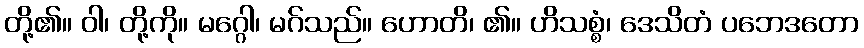
တို့၏။ ဝါ၊ တို့ကို။ မဂ္ဂေါ၊ မဂ်သည်။ ဟောတိ၊ ၏။ ဟိသစ္စံ၊ ဒေသိတံ ပဘေဒတော